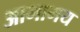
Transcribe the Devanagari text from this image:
आभामय